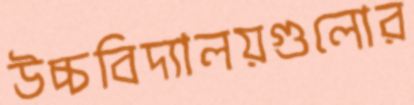
উচ্চবিদ্যালয়গুলোর